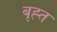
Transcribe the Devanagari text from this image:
बृह्त